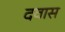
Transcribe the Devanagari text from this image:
दवास